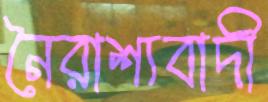
নৈরাশ্যবাদী